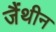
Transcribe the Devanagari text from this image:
जैंथीन